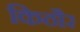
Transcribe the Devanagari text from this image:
किठौर